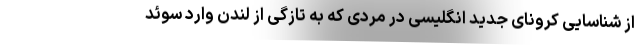
از شناسایی کرونای جدید انگلیسی در مردی که به تازگی از لندن وارد سوئد